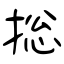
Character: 捴